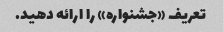
تعریف «جشنواره» را ارائه دهید.